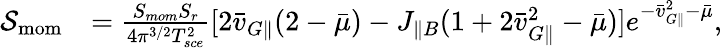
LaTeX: \begin{array}{rl}{\mathcal{S}_{\mathrm{mom}}}&{=\frac{S_{mom}S_{r}}{4\pi^{3/2}T_{sce}^{2}}[2\bar{v}_{G\parallel}(2-\bar{\mu})-J_{\parallel B}(1+2\bar{v}_{G\parallel}^{2}-\bar{\mu})]e^{-\bar{v}_{G\parallel}^{2}-\bar{\mu}},}\end{array}